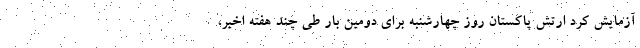
آزمایش کرد ارتش پاکستان روز چهارشنبه برای دومین بار طی چند هفته اخیر،